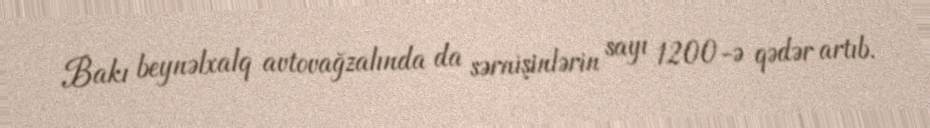
Bakı beynəlxalq avtovağzalında da sərnişinlərin sayı 1200-ə qədər artıb.